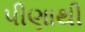
પીણાથી